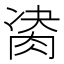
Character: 𦛇